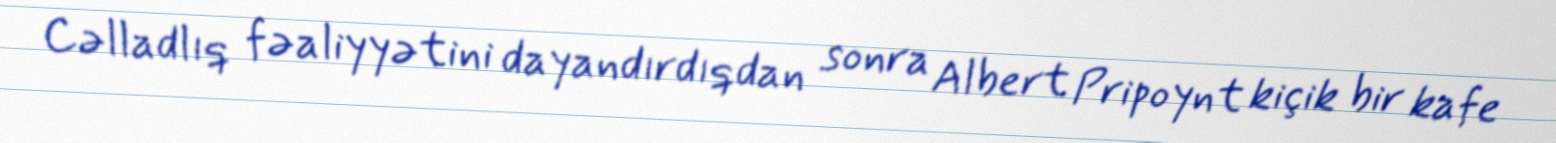
Cəlladlıq fəaliyyətini dayandırdıqdan sonra Albert Pripoynt kiçik bir kafe